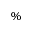
\%